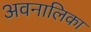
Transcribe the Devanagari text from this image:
अवनालिका